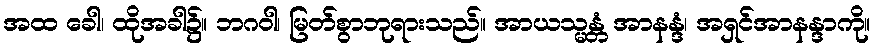
အထ ခေါ၊ ထိုအခါ၌။ ဘဂဝါ၊ မြတ်စွာဘုရားသည်။ အာယသ္မန္တံ အာနန္ဒံ၊ အရှင်အာနန္ဒာကို။